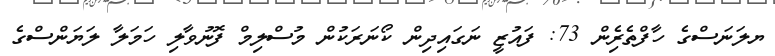
ޔލަނަސްގެ ހާފްތެރެިން 73: ފައުޒީ ނަގައިދިން ކޯނަރަކުން މުސްލިމް ފޮނުވާލި ހަމަލާ ލަޔަންސްގެ